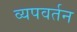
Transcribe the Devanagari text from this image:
व्यपवर्तन